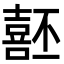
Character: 噽